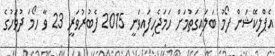
އެޕްލިކޭޝަން ފޯމު ބަލައިގަތުމަށް ހަމަޖެހިފައިވަނީ 2015 ފެބުރުވަރީ 23 ވާ ހޯމަ ދުވަހުގެ